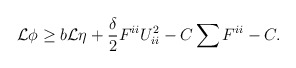
\begin{align*}\begin{aligned}\mathcal{L} \phi \geq b \mathcal{L} \eta + \frac{\delta}{2} F^{ii} U_{ii}^2 - C \sum F^{ii} - C.\end{aligned}\end{align*}